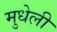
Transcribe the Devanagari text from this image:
मुधेली